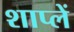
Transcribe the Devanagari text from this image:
शाप्लें